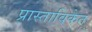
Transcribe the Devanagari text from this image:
प्रास्ताविकेत